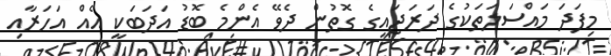
މިފަދަ މައްސަލަތަކުގެ ދަރަޖައިގެ ގޮތުން ދެވޭ އެންމެ ބޮޑު އަދަބަކީ އެއް އަހަރާއި